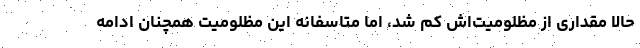
حالا مقداری از مظلومیت‌اش کم شد، اما متاسفانه این مظلومیت همچنان ادامه